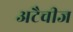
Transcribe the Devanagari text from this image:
अटैचीज